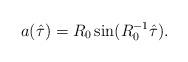
LaTeX: \begin{align*}a(\hat\tau) = R_0 \sin(R_0^{-1} \hat\tau).\end{align*}